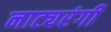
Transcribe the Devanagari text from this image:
नाट्यरंगी